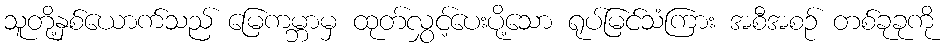
သူတို့နှစ်ယောက်သည် မြေကမ္ဘာမှ ထုတ်လွှင့်ပေးပို့သော ရုပ်မြင်သံကြား အစီအစဉ် တစ်ခုခုကို